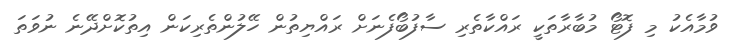
ވުމާއެކު މި ފޮޓޯ މުބާރާތަކީ ރައްކާތެރި ސާފުބޯފެނަށް ރައްޔިތުން ހޭލުންތެރިކަން އިތުކޮށްދޭނެ ނުވަތަ